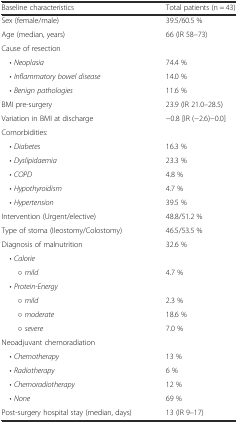
| Baseline characteristics | Total patients (n = 43) |
 | --- | --- |
 | Sex (female/male) | 39.5/60.5 % |
 | Age (median, years) | 66 (IR 58–73) |
 | Cause of resection |  |
 | • Neoplasia | 74.4 % |
 | • Inflammatory bowel disease | 14.0 % |
 | • Benign pathologies | 11.6 % |
 | BMI pre-surgery | 23.9 (IR 21.0–28.5) |
 | Variation in BMI at discharge | −0.8 [IR (−2.6)−0.0] |
 | Comorbidities: |  |
 | • Diabetes | 16.3 % |
 | • Dyslipidaemia | 23.3 % |
 | • COPD | 4.8 % |
 | • Hypothyroidism | 4.7 % |
 | • Hypertension | 39.5 % |
 | Intervention (Urgent/elective) | 48.8/51.2 % |
 | Type of stoma (Ileostomy/Colostomy) | 46.5/53.5 % |
 | Diagnosis of malnutrition | 32.6 % |
 | • Calorie |  |
 | ○ mild | 4.7 % |
 | • Protein-Energy |  |
 | ○ mild | 2.3 % |
 | ○ moderate | 18.6 % |
 | ○ severe | 7.0 % |
 | Neoadjuvant chemoradiation |  |
 | • Chemotherapy | 13 % |
 | • Radiotherapy | 6 % |
 | • Chemoradiotherapy | 12 % |
 | • None | 69 % |
 | Post-surgery hospital stay (median, days) | 13 (IR 9–17) |